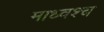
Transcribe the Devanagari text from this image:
माध्वश्च